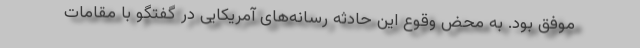
موفق بود. به محض وقوع این حادثه رسانه‌های آمریکایی در گفتگو با مقامات